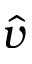
\hat { v }